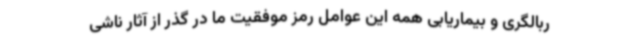
ربالگری و بیماریابی همه این عوامل رمز موفقیت ما در گذر از آثار ناشی